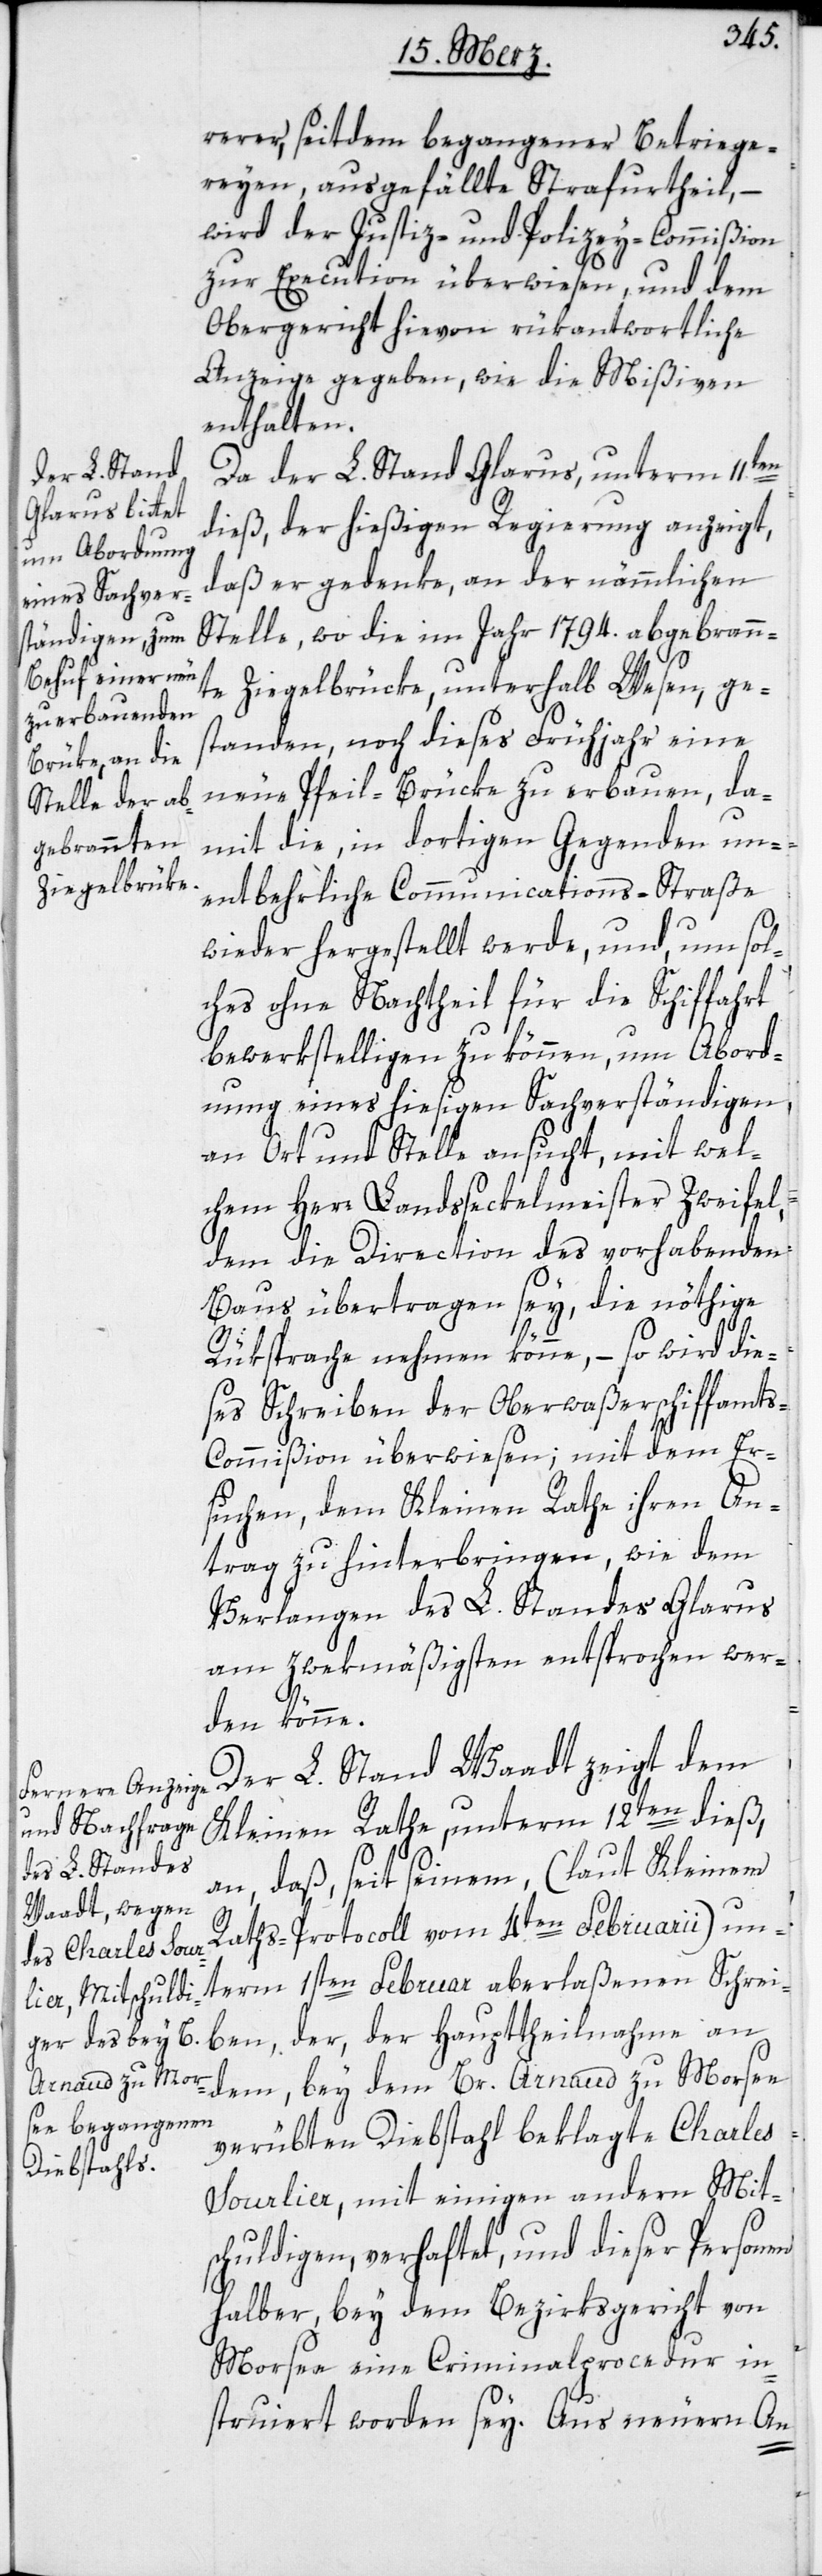
rerer, seitdem begangener Betriege¬
reyen, ausgefällte Strafurtheil, –
wird der Justiz- und Polizey-Commißion
zur Execution überwiesen, und dem
Obergericht hievon rükantwortliche
Anzeige gegeben, wie die Mißiven
enthalten.
Da der L. Stand Glarus, unterm 11ten
dieß, der hießigen Regierung anzeigt,
daß er gedenke, an der nämmlichen
Stelle, wo die im Jahr 1794. abgebrann¬
te Ziegelbrücke, unterhalb Wesen, ge¬
standen, noch dieses Frühjahr eine
neue Pfeil-Brücke zu erbauen, da¬
mit die, in dortigen Gegenden un¬
entbehrliche Communications-Straße
wieder hergestellt werde, und, um sol¬
ches ohne Nachtheil für die Schiffahrt
bewerkstelligen zu können, um Abord¬
nung eines hießigen Sachverständigen,
an Ort und Stelle ansucht, mit wel¬
chem Herr Landsseckelmeister Zweyfel,
dem die Direction des vorhabenden
Baus übertragen sey, die nöthige
Rüksprache nehmen könne, – so wird die¬
ses Schreiben der Oberwaßerschiffamt¬
s-Commißion überwiesen; mit dem Er¬
suchen, dem Kleinen Rathe ihren An¬
trag zu hinterbringen, wie dem
Verlangen des L. Standes Glarus
am zwekmäßigsten entsprochen wer¬
den könne.
lobl. Stand Waadt zeigt dem
Kleinen Rathe, unterm 12ten dieß
an, daß, seit seinem (laut Kleinem
Raths-Protocoll vom 4ten Februarii) un¬
term 1sten Februar aberlaßenen Schrei¬
ben, der, der Haupttheilnahme an
dem, bey dem Br. Arnaud zu Morsee
verübten Diebstahl beklagte Charles
Sourlier, mit einigen andern Mit¬
schuldigen, verhaftet, und dieser Personen
halber bey dem Bezirksgericht von
Morsee eine Criminalprocedur in¬
struiert worden sey. Aus neuern An-